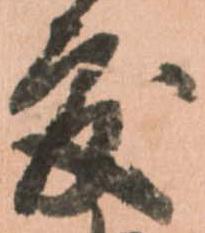
度